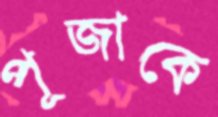
পূজাকে